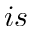
i s